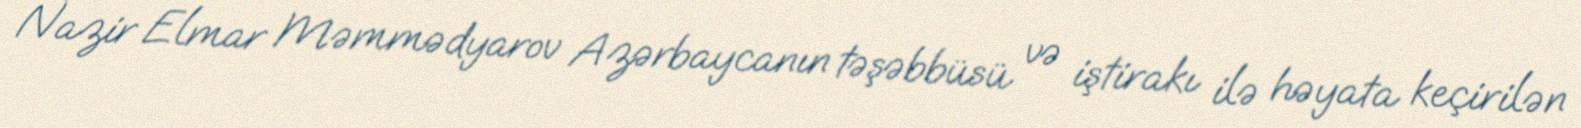
Nazir Elmar Məmmədyarov Azərbaycanın təşəbbüsü və iştirakı ilə həyata keçirilən